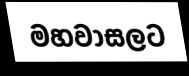
මහවාසලට